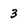
Character: 3